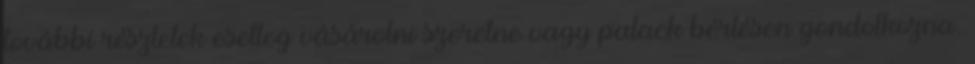
további részletek esetleg vásárolni szeretne vagy palack bérlésen gondolkozna.